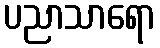
ပညာသာရော